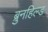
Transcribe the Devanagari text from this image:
ब्रुनहिल्ड